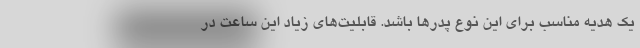
یک هدیه مناسب برای این نوع پدرها باشد. قابلیت‌های زیاد این ساعت در